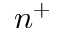
n ^ { + }